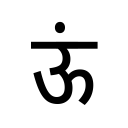
OCR:
ऊं